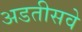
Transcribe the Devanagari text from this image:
अडतीसवे